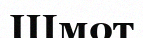
Шмот